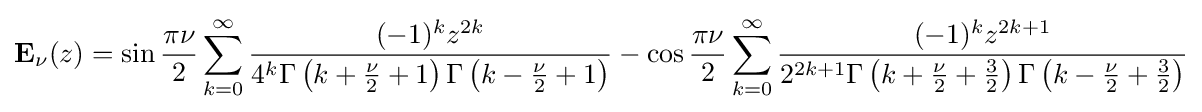
\mathbf {E} _{\nu }(z)=\sin {\frac {\pi \nu }{2}}\sum _{k=0}^{\infty }{\frac {(-1)^{k}z^{2k}}{4^{k}\Gamma \left(k+{\frac {\nu }{2}}+1\right)\Gamma \left(k-{\frac {\nu }{2}}+1\right)}}-\cos {\frac {\pi \nu }{2}}\sum _{k=0}^{\infty }{\frac {(-1)^{k}z^{2k+1}}{2^{2k+1}\Gamma \left(k+{\frac {\nu }{2}}+{\frac {3}{2}}\right)\Gamma \left(k-{\frac {\nu }{2}}+{\frac {3}{2}}\right)}}